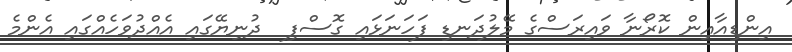
އިންޑިއާއިން ކޮރޯނާ ވައިރަސްގެ މޭލުދަނޑި ފަހަނަޅައި ގޮސްފި  ދުނިޔޭގައި އެއްދުވަހެއްގައި އެންމެ